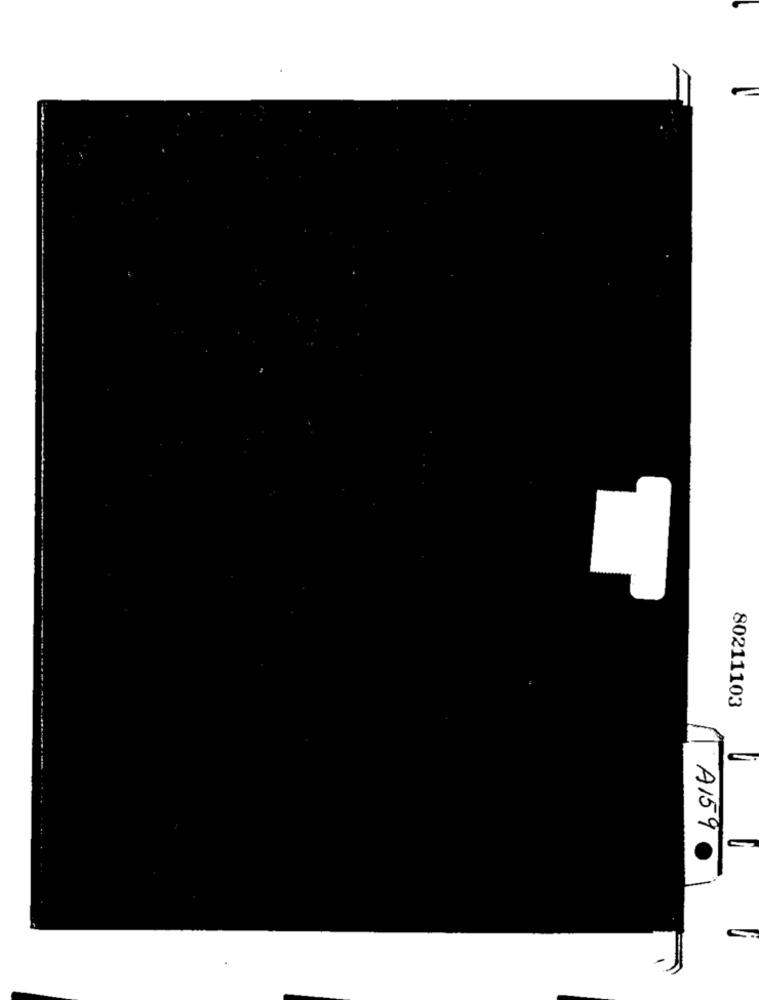
4
80211103
A1590